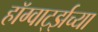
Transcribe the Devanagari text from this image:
हॉग्वार्ट्झच्या